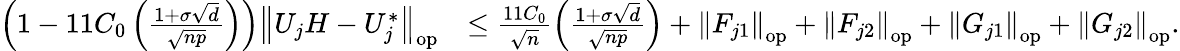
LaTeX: \begin{array}{rl}{\left(1-11C_{0}\left(\frac{1+\sigma\sqrt{d}}{\sqrt{np}}\right)\right)\left\| {U_{j}H-U_{j}^{*}}\right\| _{\mathrm{op}}}&{\leq\frac{11C_{0}}{\sqrt{n}}\left(\frac{1+\sigma\sqrt{d}}{\sqrt{np}}\right)+\left\| {F_{j1}}\right\| _{\mathrm{op}}+\left\| {F_{j2}}\right\| _{\mathrm{op}}+\left\| {G_{j1}}\right\| _{\mathrm{op}}+\left\| {G_{j2}}\right\| _{\mathrm{op}}.}\end{array}